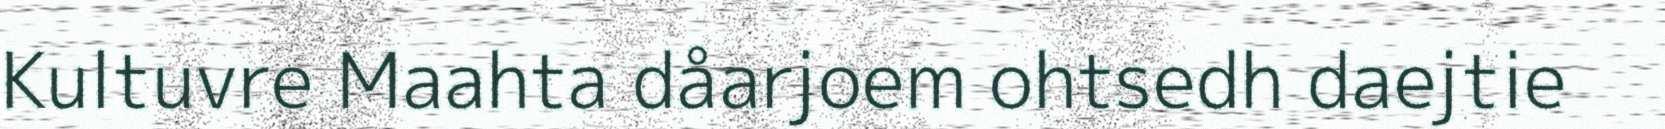
Kultuvre Maahta dåarjoem ohtsedh daejtie